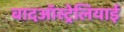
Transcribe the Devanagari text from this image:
बादऑस्ट्रेलियाई